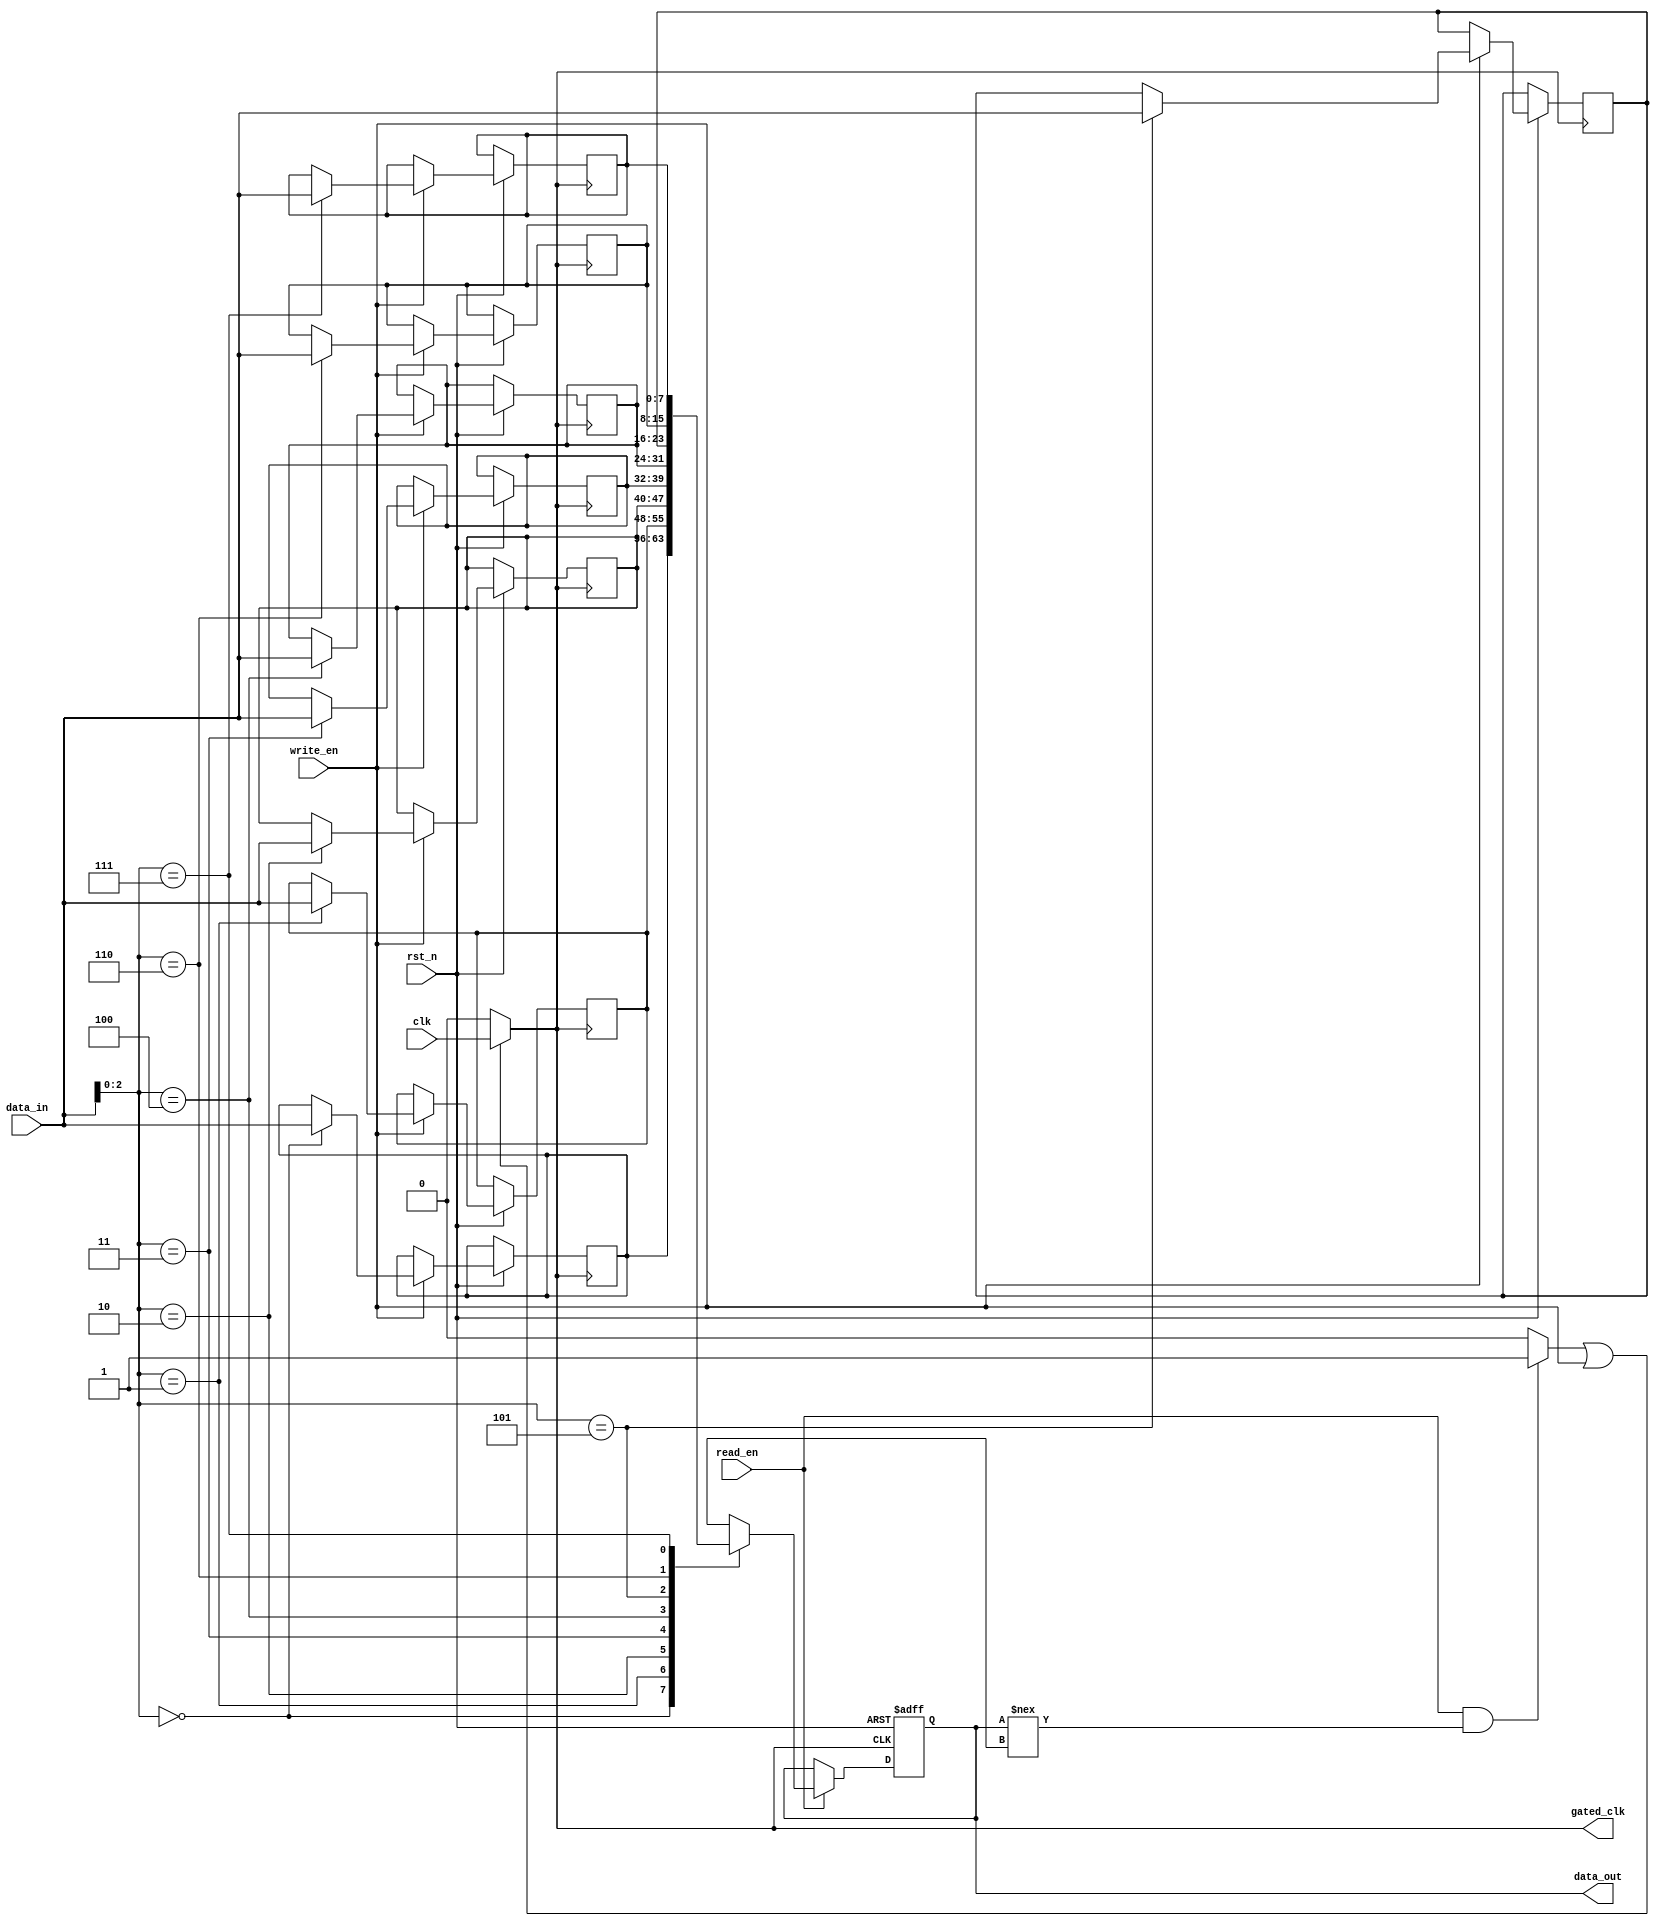
module output_dependent_clock_gating (
    input wire clk,                 // Main clock input
    input wire rst_n,               // Active low reset
    input wire [7:0] data_in,       // Data input for write operations
    input wire read_en,             // Read enable signal
    input wire write_en,            // Write enable signal
    output reg [7:0] data_out,      // Data output
    output wire gated_clk           // Gated clock output
);

    // Memory array (8x8 bits)
    reg [7:0] memory [0:7];         // 8 locations of 8 bits each

    // Internal signals
    reg output_valid;               // Signal to indicate valid output
    wire clock_enable;              // Clock enable signal for gating

    // Clock gating logic
    always @(*) begin
        output_valid = (read_en && (data_out !== 8'bx)) ? 1'b1 : 1'b0; // Valid output check
    end

    // Clock gating control
    assign clock_enable = output_valid || write_en; // Enable clock if output is valid or writing

    // Gated clock generation
    assign gated_clk = clock_enable ? clk : 1'b0; // Gated clock output

    // Memory operations
    always @(posedge gated_clk or negedge rst_n) begin
        if (!rst_n) begin
            data_out <= 8'b0;  // Reset output
        end else begin
            if (write_en) begin
                // Write operation
                memory[data_in[2:0]] <= data_in; // Write data to memory
            end
            if (read_en) begin
                // Read operation
                data_out <= memory[data_in[2:0]]; // Read data from memory
            end
        end
    end

endmodule